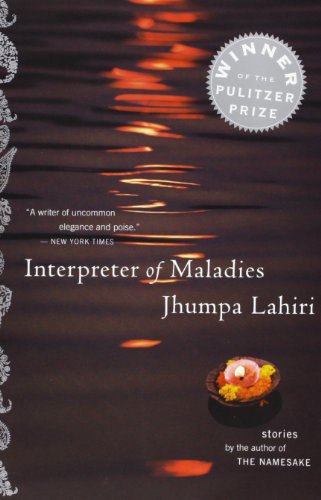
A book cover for Interpreter of Maladies; Jhumpa Lahiri; Science Fiction & Fantasy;